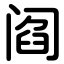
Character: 阎